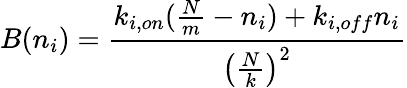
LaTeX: B(n_{i})=\frac{k_{i,on}(\frac{N}{m}-n_{i})+k_{i,off}n_{i}}{\left(\frac{N}{k}\right)^{2}}